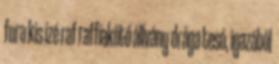
fura kis izé raf raffiakötő állvány drága tesó, igazából